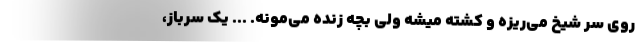
روي سر شيخ مي‌ريزه و كشته ميشه ولي بچه زنده مي‌مونه. ... يك سرباز،